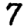
Digit: 7